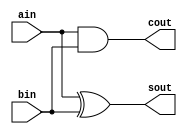
module Adder (
    ain,
	bin,

    sout,	// sum bit
	cout	// carry bit
);

input   ain, bin;

output  sout, cout;



assign  sout     = ain ^ bin;
assign  cout     = ain & bin;



endmodule